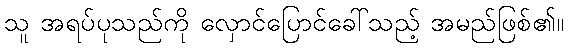
သူ အရပ်ပုသည်ကို လှောင်ပြောင်ခေါ်သည့် အမည်ဖြစ်၏။